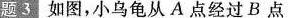
题3 如图，小乌龟从A点经过B点